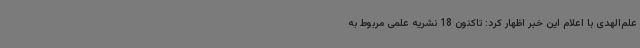
علم‌الهدی با اعلام این خبر اظهار کرد: تاکنون 18 نشریه علمی مربوط به